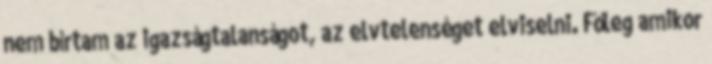
nem bírtam az igazságtalanságot, az elvtelenséget elviselni. Főleg amikor